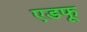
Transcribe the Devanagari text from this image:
एडफू